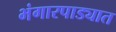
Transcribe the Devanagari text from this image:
भंगारपाड्यात